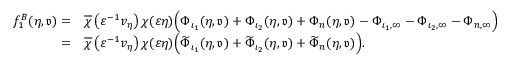
\begin{array} { r l } { f _ { 1 } ^ { B } ( \eta , { \mathfrak { v } } ) = } & { \overline { { \chi } } \left( \varepsilon ^ { - 1 } v _ { \eta } \right) \chi ( \varepsilon \eta ) \Big ( \Phi _ { \iota _ { 1 } } ( \eta , { \mathfrak { v } } ) + \Phi _ { \iota _ { 2 } } ( \eta , { \mathfrak { v } } ) + \Phi _ { n } ( \eta , { \mathfrak { v } } ) - \Phi _ { \iota _ { 1 } , \infty } - \Phi _ { \iota _ { 2 } , \infty } - \Phi _ { n , \infty } \Big ) } \\ { = } & { \overline { { \chi } } \left( \varepsilon ^ { - 1 } v _ { \eta } \right) \chi ( \varepsilon \eta ) \Big ( \widetilde { \Phi } _ { \iota _ { 1 } } ( \eta , { \mathfrak { v } } ) + \widetilde { \Phi } _ { \iota _ { 2 } } ( \eta , { \mathfrak { v } } ) + \widetilde { \Phi } _ { n } ( \eta , { \mathfrak { v } } ) \Big ) . } \end{array}